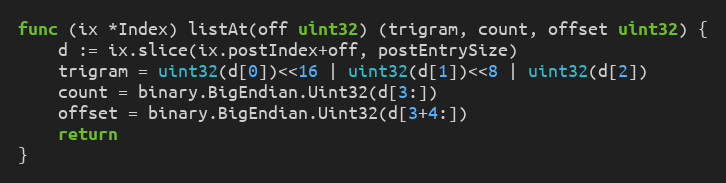
Language: Go
func (ix *Index) listAt(off uint32) (trigram, count, offset uint32) {
	d := ix.slice(ix.postIndex+off, postEntrySize)
	trigram = uint32(d[0])<<16 | uint32(d[1])<<8 | uint32(d[2])
	count = binary.BigEndian.Uint32(d[3:])
	offset = binary.BigEndian.Uint32(d[3+4:])
	return
}